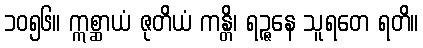
၁၀၅၆။ ဣစ္ဆာယံ ဇုတိယံ ကန္တိ၊ ရဉ္ဇနေ သူရတေ ရတိ။